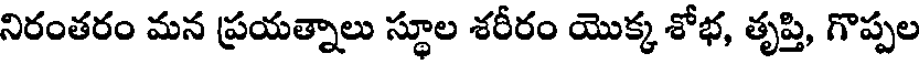
నిరంతరం మన ప్రయత్నాలు స్థూల శరీరం యొక్క శోభ, తృప్తి, గొప్పల